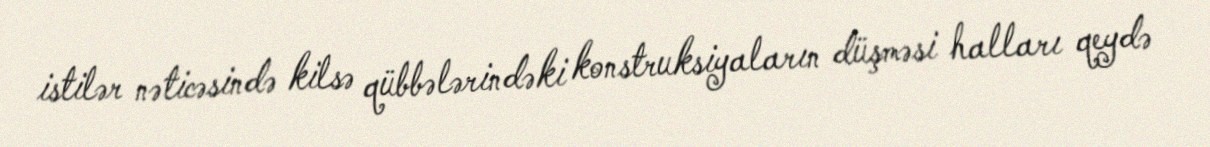
istilər nəticəsində kilsə qübbələrindəki konstruksiyaların düşməsi halları qeydə